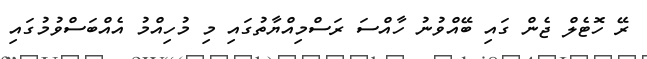
ރޭ ހޮޓެލް ޖެން ގައި ބޭއްވުނު ހާއްސަ ރަސްމިއްޔާތުގައި މި މުހިއްމު އެއްބަސްވުމުގައި